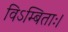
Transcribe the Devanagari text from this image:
विऽम्बिताः।